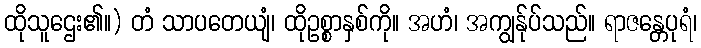
ထိုသူဌေး၏။) တံ သာပတေယျံ၊ ထိုဥစ္စာနှစ်ကို။ အဟံ၊ အကျွန်ုပ်သည်။ ရာဇန္တေပုရံ၊